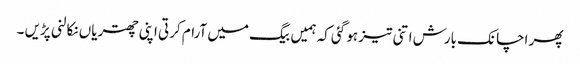
پھر اچانک بارش اتنی تیز ہو گئی کہ ہمیں بیگ میں آرام کرتی اپنی چھتریاں نکالنی پڑیں ۔